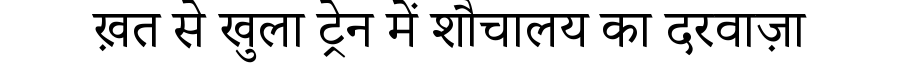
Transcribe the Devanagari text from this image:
ख़त से खुला ट्रेन में शौचालय का दरवाज़ा